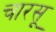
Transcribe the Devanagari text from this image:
चारसू